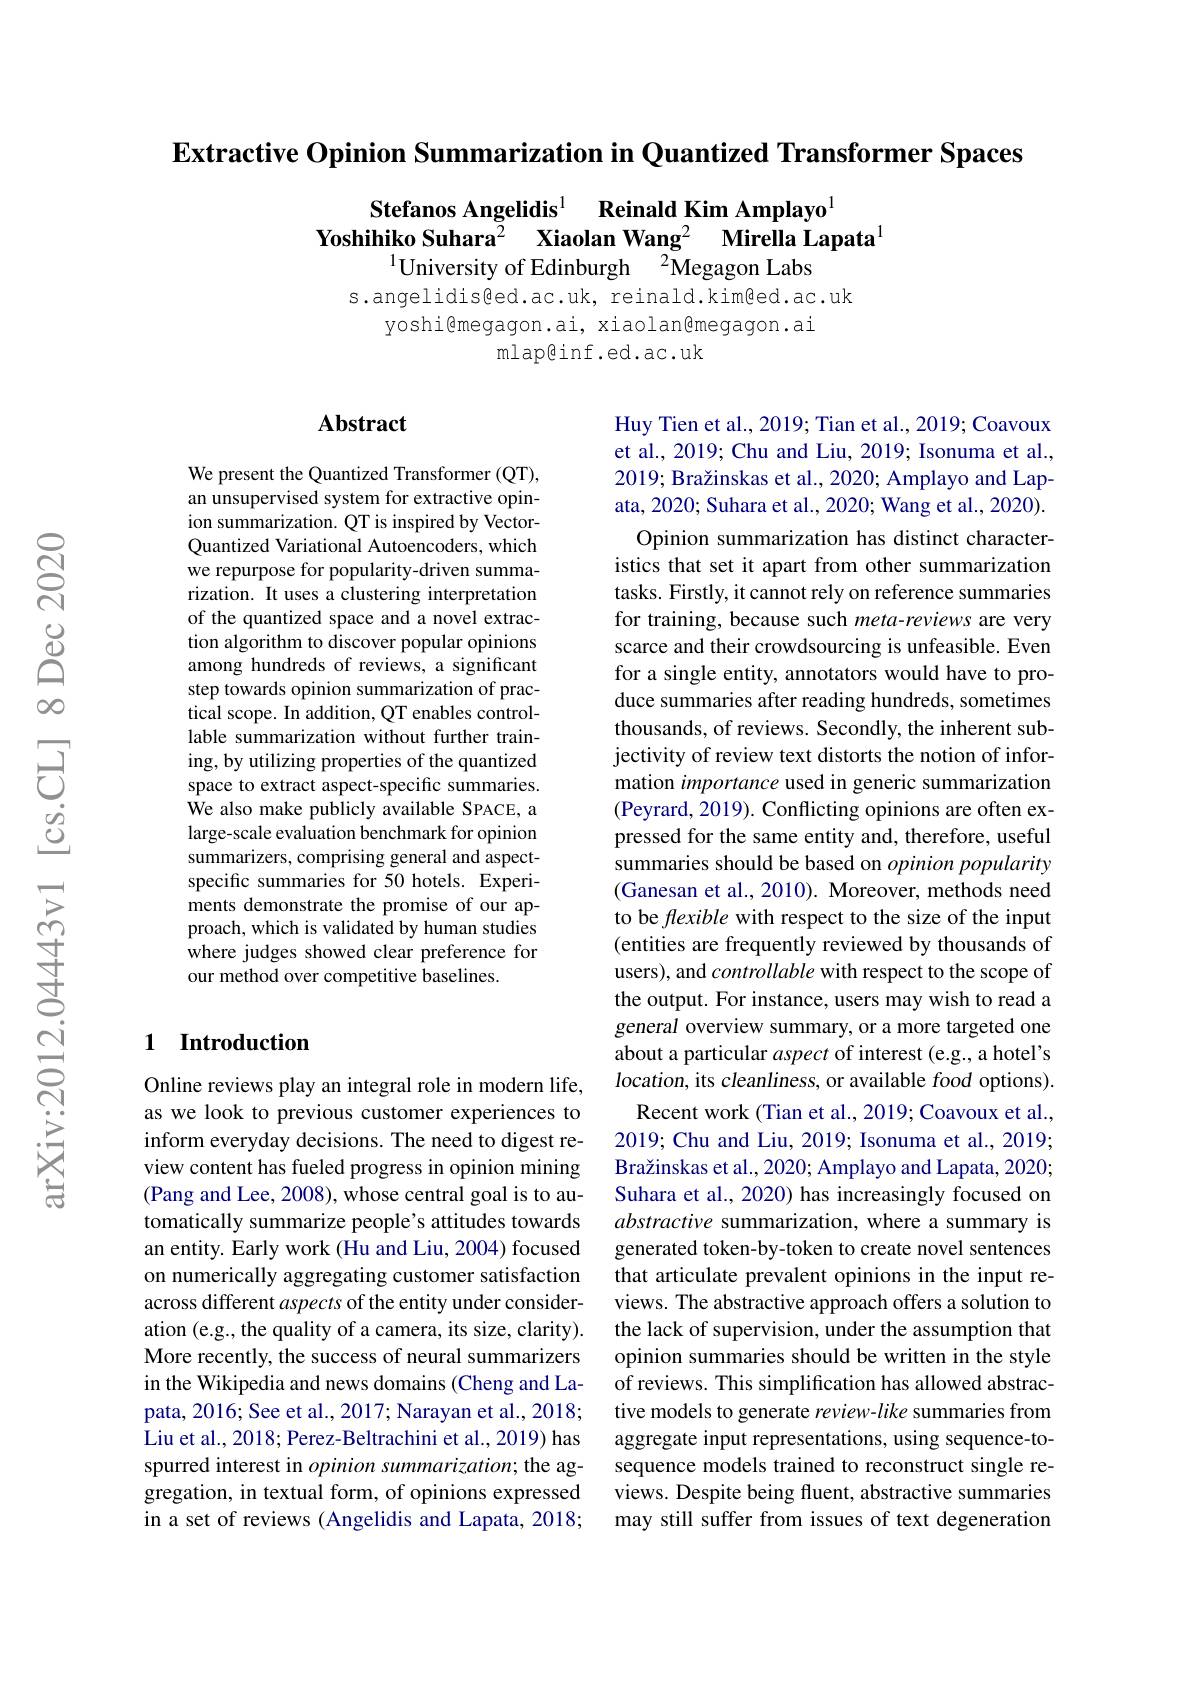
$\textbf{Extractive Opinion Summarization in Quantized Transformer Spaces}$

Stefanos Angelidis$^{1}$ Reinald Kim Amplayo
Yoshihiko Suhara$^{\bar{2}}$ Xiaolan Wang$^2$ Mirella Lapata
$^{1}$University of Edinburgh$\:^2$Megagon Labs

s.angelidis@ed.ac.uk, reinald.kim@ed.ac.uk
yoshi@megagon.ai, xiaolangmegagon. ai
mlapêinf.ed.ac.uk

### Abstract

We present the Quantized Transformer (QT), an unsupervised system for extractive opinion summarization. QT is inspired by VectorQuantized Variational Autoencoders, which we repurpose for popularity-driven summarization. It uses a clustering interpretation of the quantized space and a novel extraction algorithm to discover popular opinions among hundreds of reviews, a significant step towards opinion summarization of practical scope. In addition, QT enables controllable summarization without further training, by utilizing properties of the quantized space to extract aspect-specific summaries. We also make publicly available SPACE, a large-scale evaluation benchmark for opinion summarizers, comprising general and aspectspecific summaries for 50 hotels. Experiments demonstrate the promise of our approach, which is validated by human studies where judges showed clear preference for our method over competitive baselines.

Huy Tien et al., 2019; Tian et al., 2019; Coavoux et al., 2019; Chu and Liu, 2019; Isonuma et al., 2019; Bražinskas et al., 2020; Amplayo and Lapata, 2020; Suhara et al., 2020; Wang et al., 2020).
Opinion summarization has distinct characteristics that set it apart from other summarization tasks. Firstly, it cannot rely on reference summaries for training, because such meta-reviews are very scarce and their crowdsourcing is unfeasible. Even for a single entity, annotators would have to produce summaries after reading hundreds, sometimes thousands, of reviews. Secondly, the inherent subjectivity of review text distorts the notion of information importance used in generic summarization (Peyrard, 2019). Conflicting opinions are often expressed for the same entity and, therefore, useful summaries should be based on opinion popularity (Ganesan et al., 2010). Moreover, methods need to be flexible with respect to the size of the input (entities are frequently reviewed by thousands of users), and controllable with respect to the scope of the output. For instance, users may wish to read a general overview summary, or a more targeted one about a particular aspect of interest (e.g., a hotel's location, its cleanliness, or available food options). Recent work (Tian et al., 2019; Coavoux et al., 2019; Chu and Liu, 2019; Isonuma et al., 2019; Bražinskas et al., 2020; Amplayo and Lapata, 2020; Suhara et al., 2020) has increasingly focused on abstractive summarization, where a summary is generated token-by-token to create novel sentences that articulate prevalent opinions in the input reviews. The abstractive approach offers a solution to the lack of supervision, under the assumption that opinion summaries should be written in the style of reviews. This simplification has allowed abstractive models to generate review-like summaries from aggregate input representations, using sequence-tosequence models trained to reconstruct single reviews. Despite being fluent, abstractive summaries may still suffer from issues of text degeneration

### 1 Introduction

Online reviews play an integral role in modern life, as we look to previous customer experiences to inform everyday decisions. The need to digest review content has fueled progress in opinion mining (Pang and Lee, 2008), whose central goal is to automatically summarize people's attitudes towards an entity. Early work (Hu and Liu, 2004) focused on numerically aggregating customer satisfaction across different aspects of the entity under consideration (e.g., the quality of a camera, its size, clarity). More recently, the success of neural summarizers in the Wikipedia and news domains (Cheng and Lapata, 2016; See et al., 2017; Narayan et al., 2018; Liu et al., 2018; Perez-Beltrachini et al., 2019) has spurred interest in opinion summarization; the aggregation, in textual form, of opinions expressed in a set of reviews (Angelidis and Lapata, 2018;